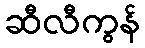
ဆီလီကွန်